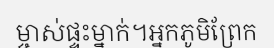
ម្ចាស់ផ្ទះម្នាក់។អ្នកភូមិព្រែក